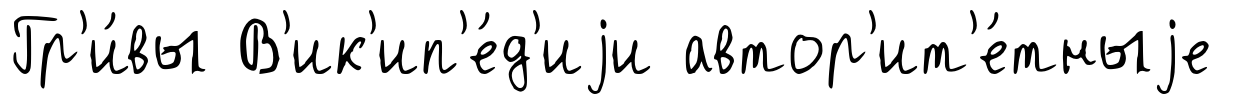
Гр'и́вы В'ик'ип'е́д'иjи автор'ит'е́тныjе